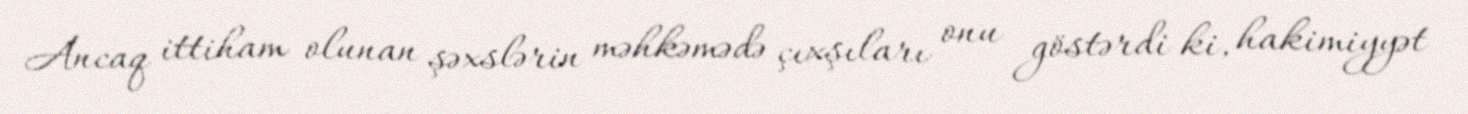
Ancaq ittiham olunan şəxslərin məhkəmədə çıxşıları onu göstərdi ki, hakimiyyət